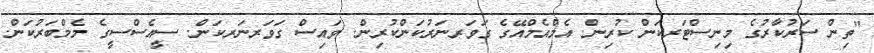
"ތިން ސަރުކާރުގެ މިނިސްޓަރކަން ކުރިން. އެމްއެމްއޭގެ ގަވަރނަރުކަންކުރިން. ވައިސް ގަވަރނަރކަން. ސީއެސްސީގެ މެމްބަރުކަން.